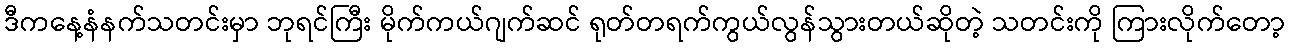
ဒီကနေ့နံနက်သတင်းမှာ ဘုရင်ကြီး မိုက်ကယ်ဂျက်ဆင် ရုတ်တရက်ကွယ်လွန်သွားတယ်ဆိုတဲ့ သတင်းကို ကြားလိုက်တော့